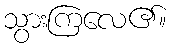
သွားကြလေ၏။